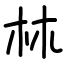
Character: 𣏟